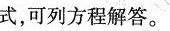
式，可列方程解答。